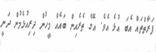
ފަރާތްތައް އެބަ އުޅެ އެވެ. އޭގެ ތެރެއިން ބައެއް މީހުން ދިރިއުޅެމުން ދަނީ